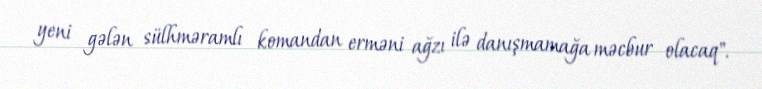
yeni gələn sülhməramlı komandan erməni ağzı ilə danışmamağa məcbur olacaq".